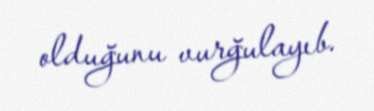
olduğunu vurğulayıb.